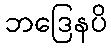
ဘဒြေနပိ